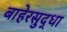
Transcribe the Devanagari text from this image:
बाहेरसुद्धा